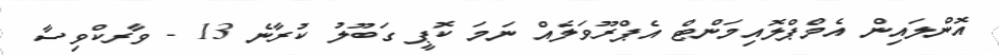
އޮންލައިން އެމްޕްލޮއިމަންޓް އެޕްރޫވަލެއް ނަމަ ކޮޕީ ގަބޫލު ކުރާނެ 13 - ވާރކްވިސާ